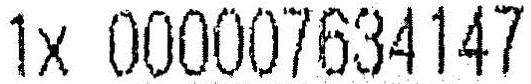
1X 000007634147